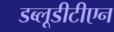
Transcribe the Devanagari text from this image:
डब्लूडीटीएन